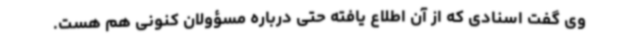
وی گفت اسنادی که از آن اطلاع یافته حتی درباره مسؤولان کنونی هم هست.